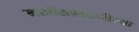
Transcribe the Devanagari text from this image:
खात्रीलायकरीत्या